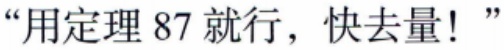
“用定理 87 就行，快去量！”